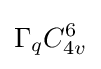
\Gamma _{q}C_{4v}^{6}